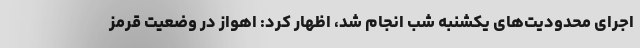
اجرای محدودیت‌های یکشنبه شب انجام شد، اظهار کرد: اهواز در وضعیت قرمز